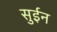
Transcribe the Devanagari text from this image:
सुईन